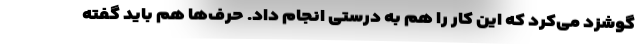
گوشزد می‌کرد که این کار را هم به درستی انجام داد. حرف‌ها هم باید گفته